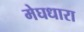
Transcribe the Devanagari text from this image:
मेघधारा